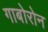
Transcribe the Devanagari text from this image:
गाबोरोन